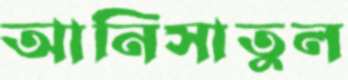
আনিসাতুল